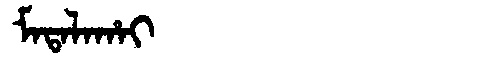
Manchu: ᠮᠠᡨᠠᠯᠠᡥᠠᡳ
Romanization: MATALAHAI